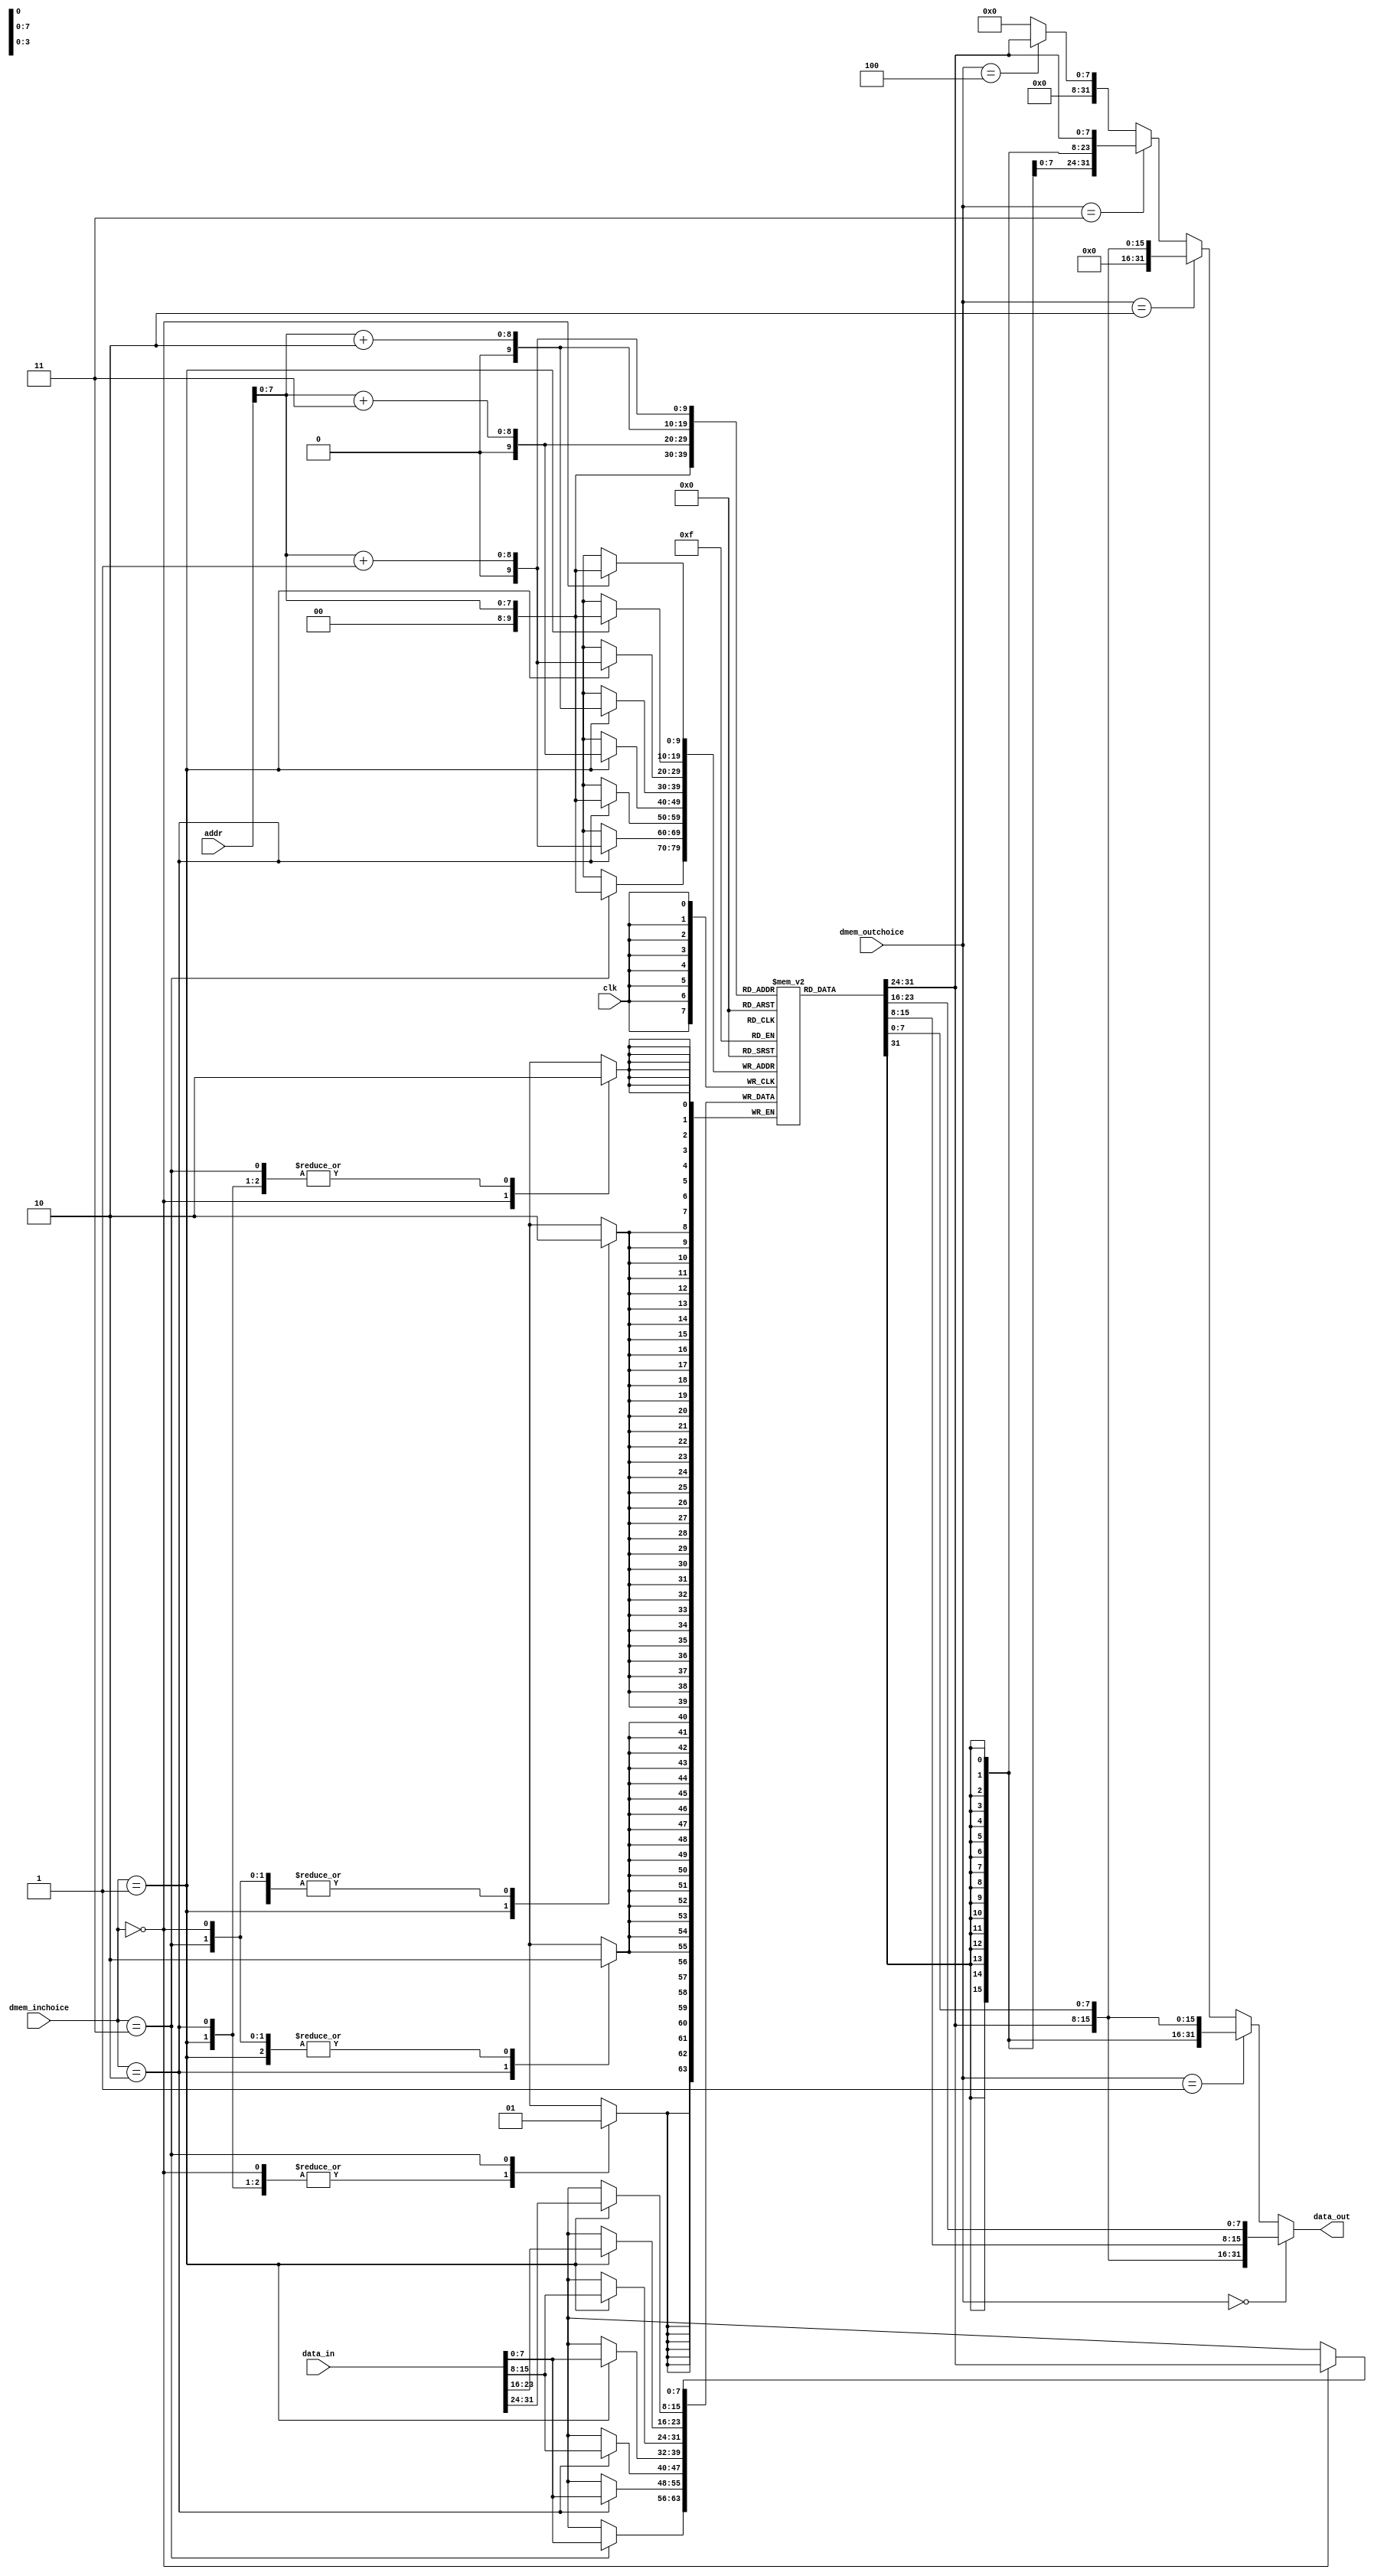
`timescale 1ns / 1ps
module dmem(
    input clk,//
    input [1:0]dmem_inchoice,
    input [31:0] addr,//
    input [31:0] data_in,//
    input [2:0]dmem_outchoice,
    output [31:0] data_out//
    );

    wire [7:0]Addr;
    assign Addr = addr[7:0];
    wire [7:0]lh_lb;
    reg [7:0] num [0:1023];//  
    assign lh_lb = num[Addr];

    assign data_out =   (dmem_outchoice==3'b000) ? {num[Addr],num[Addr+1],num[Addr+2],num[Addr+3]}:
                        (dmem_outchoice==3'b001) ? {{16{lh_lb[7]}},num[Addr],num[Addr+1]}: 
                        (dmem_outchoice==3'b010) ? {{16{1'b0}},num[Addr],num[Addr+1]}:
                        (dmem_outchoice==3'b011) ? {{24{lh_lb[7]}},num[Addr]}:
                        (dmem_outchoice==3'b100) ? {{24{1'b0}},num[Addr]}: 0;                  

    always@(negedge clk) 
    begin
        case (dmem_inchoice)
        2'b00:num[Addr]<=num[Addr];
        2'b01:
        begin
            num[Addr]<=data_in[31:24];
            num[Addr+1]<=data_in[23:16];
            num[Addr+2]<=data_in[15:8];
            num[Addr+3]<=data_in[7:0];
        end
        2'b10:
        begin
            num[Addr]<=data_in[15:8];
            num[Addr+1]<=data_in[7:0];
        end
        2'b11:num[Addr]<=data_in[7:0];
        endcase
    end
endmodule